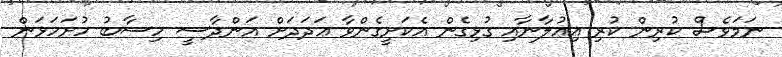
ނަމަވެސް ކުރިން ކުރި އިޢުލާނާއި ގުޅިގެން އެކަށީގެންވާ ޢަދަދަށް އަންދާސީ ހިސާބު ހުށަހަޅަން